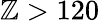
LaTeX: \mathbb{Z}>120